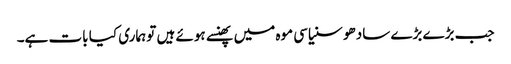
جب بڑے بڑے سادھو سنیاسی موہ میں پھنسے ہوئے ہیں تو ہماری کیا بات ہے۔